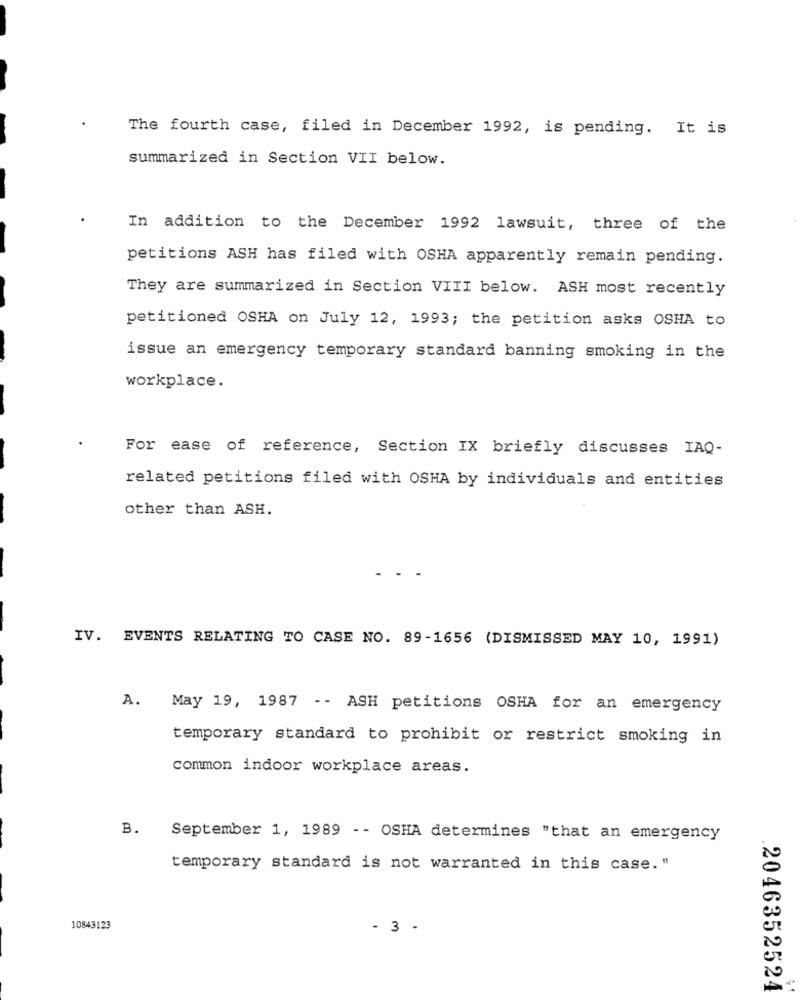
The fourth case, filed in December 1992, is pending. It is
summarized in Section VII below.
In addition to the December 1992 lawsuit, three of the
petitions ASH has filed with OSHA apparently remain pending.
They are summarized in Section VIII below. ASH most recently
petitioned OSHA on July 12, 1993; the petition asks OSHA to
issue an emergency temporary standard banning smoking in the
workplace.
For ease of reference, Section IX briefly discusses IAQ-
related petitions filed with OSHA by individuals and entities
other than ASH.
IV. EVENTS RELATING TO CASE NO. 89-1656 (DISMISSED MAY 10, 1991)
A.
May 19, 1987 -- ASH petitions OSHA for an emergency
temporary standard to prohibit or restrict smoking in
common indoor workplace areas.
B.
September 1, 1989 - - OSHA determines "that an emergency
temporary standard is not warranted in this case. "
10843123
- 3 -
2046352524